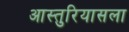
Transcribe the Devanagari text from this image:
आस्तुरियासला